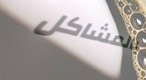
بالمشاكل